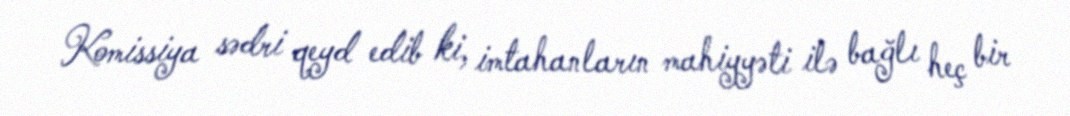
Komissiya sədri qeyd edib ki, imtahanların mahiyyəti ilə bağlı heç bir